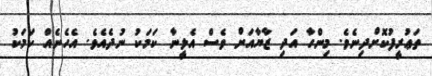
ތަޢުރީފުކޮށްދިނެވެ. މިންހާ އަދި ޒާޔާއަށް ވެސް އެލީނާ ކަމަކު ނުދެއެވެ. އެހެނެއް ކަމަކު